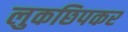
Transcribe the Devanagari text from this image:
लुकछिपकर